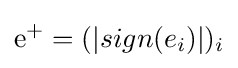
\mathrm {e} ^{+}=(|sign(e_{i})|)_{i}